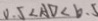
0 . 5 < A D < b . 5